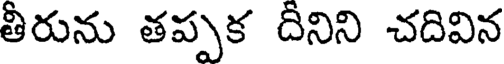
తీరును తప్పక దీనిని చదివిన